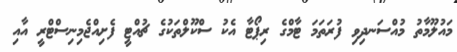
މައުލޫމާތު މުއްސަނދިވި ފުރަތަމަ ޓާމްގެ ރިޕޯޓާ އެކު ސްކޫލްތަކުގެ ޗުއްޓީ ފެށިއްޖެމިނިސްޓްރީ އާއި